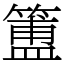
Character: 簠